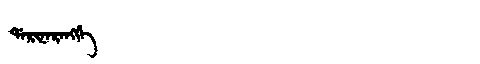
Manchu: ᡩᠠᡵᡳᠨᠠᡵᠠᠩᡤᡝ
Romanization: DARINARANGGE